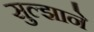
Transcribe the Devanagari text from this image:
सुल्झाने